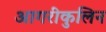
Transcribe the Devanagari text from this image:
आगरीकुलिन